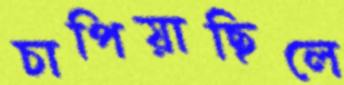
চাপিয়াছিলে